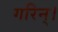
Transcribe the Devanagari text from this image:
गरिन्।